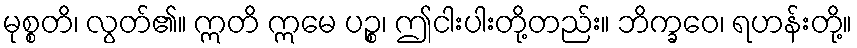
မုစ္စတိ၊ လွတ်၏။ ဣတိ ဣမေ ပဉ္စ၊ ဤငါးပါးတို့တည်း။ ဘိက္ခဝေ၊ ရဟန်းတို့။